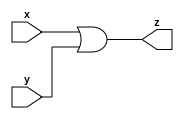
module gac_or_gate_32 (x, y, z);
  input [31:0] x;
  input [31:0] y;
  output [31:0] z;
  
  assign z = (x|y) ;
  
  
endmodule